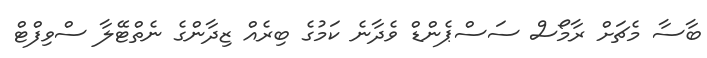
ބާސާ މެޗަށް ރާމޯސް ސަސްޕެންޑް ވެދާނެ ކަމުގެ ބިރެއް ޒިދާންގެ ނެތްޓޭލާ ސްވިފްޓް